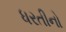
ધરતીનો